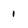
Character: 1